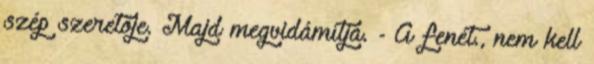
szép szeretője. Majd megvidámítja. - A fenét., nem kell